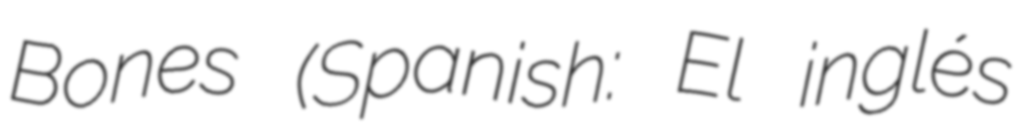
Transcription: Bones (Spanish: El inglés